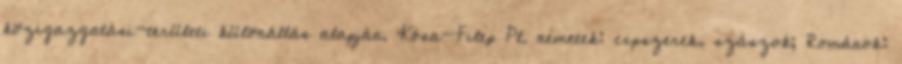
közigazgatási-területi különállás alapján. Kósa-Filep Pl. németek: cipszerek, szászok; Románok: